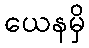
ယေနမှိ